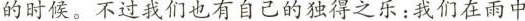
的时候。不过我们也有自己的独得之乐:我们在雨中